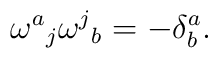
{\omega^a}_j {\omega^j}_b = - \delta^a_b.